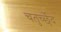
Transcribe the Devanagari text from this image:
चतुर्च्छेद